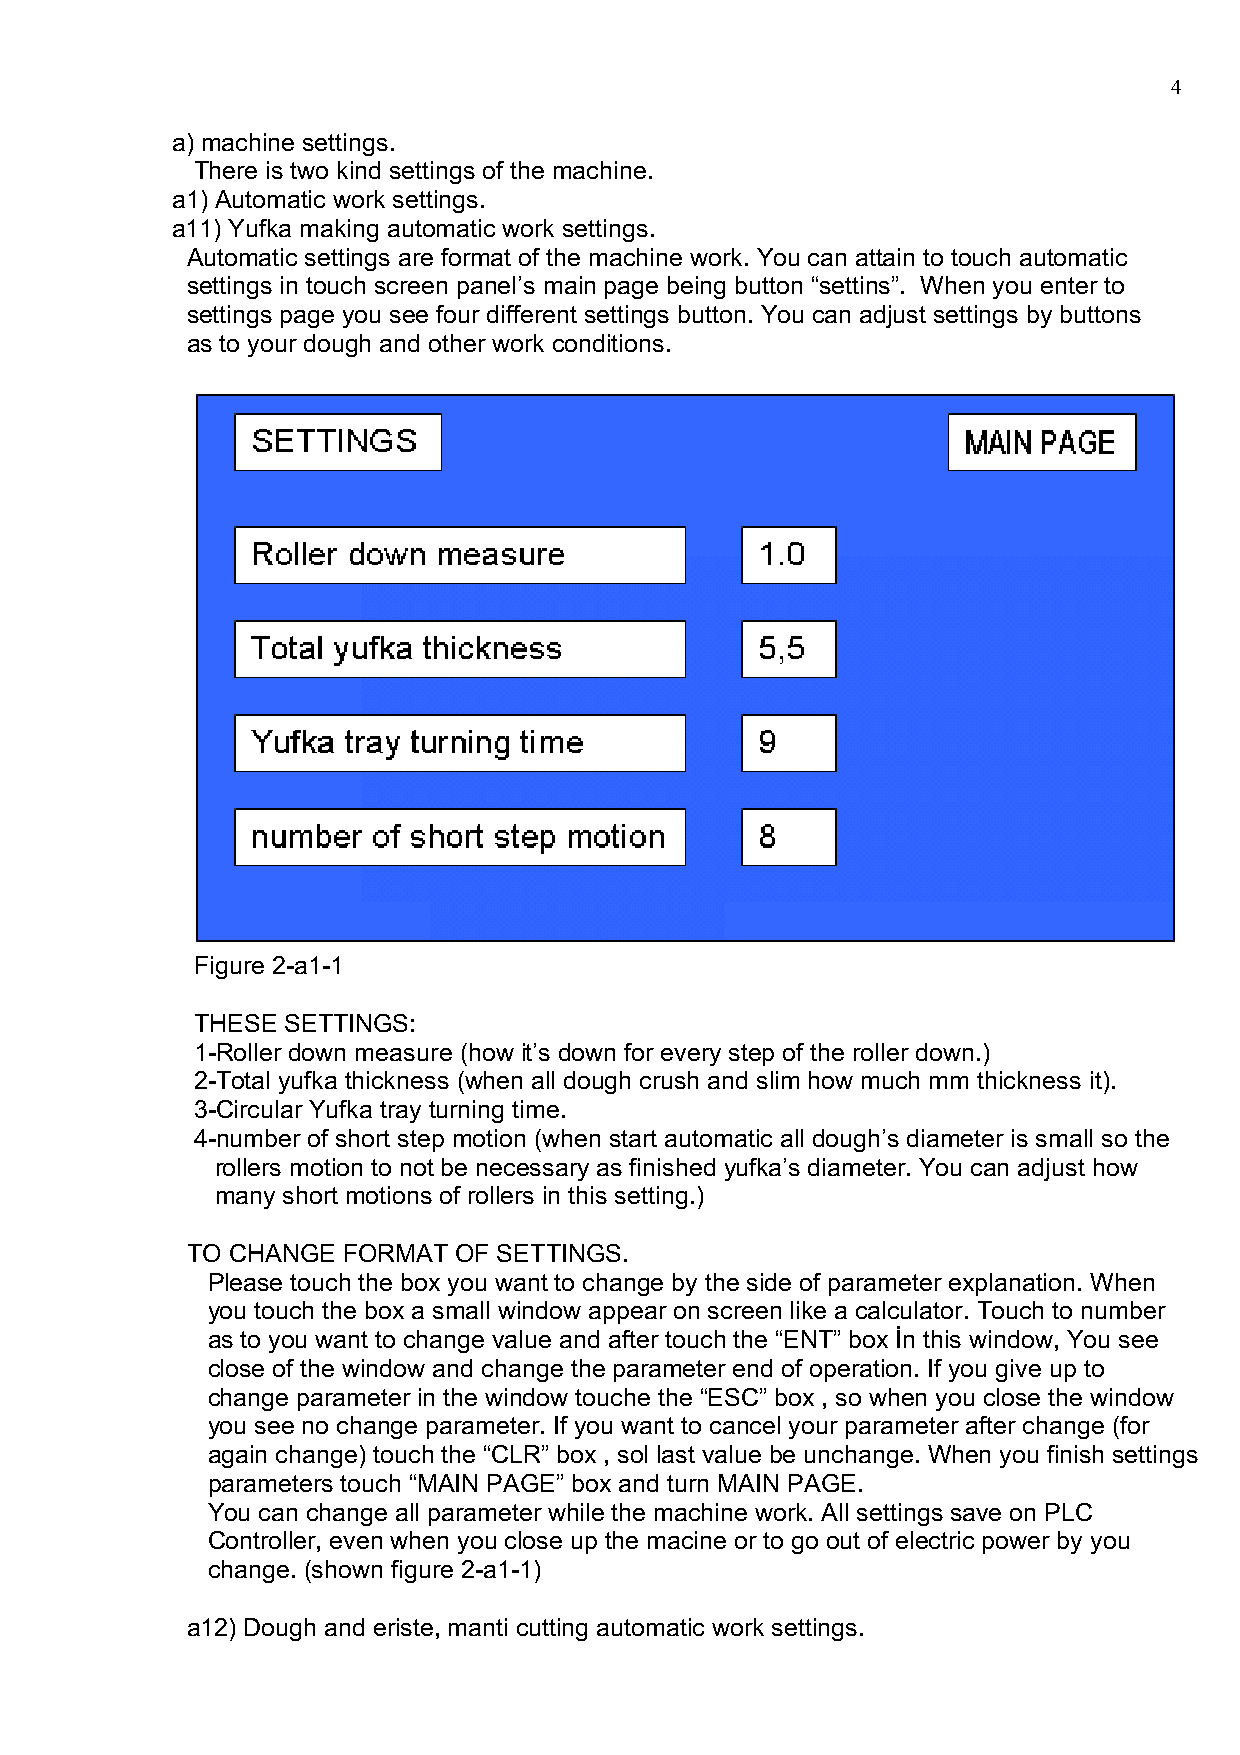
4
 a) machine settings.
 There is two kind settings of the machine.
 a1) Automatic work settings.
 a11) Yufka making automatic work settings.
 Automatic settings are format of the machine work. You can attain to touch automatic
 settings in touch screen panel’s main page being button “settins”. When you enter to
 settings page you see four different settings button. You can adjust settings by buttons
 as to your dough and other work conditions.
 Figure 2-a1-1
 THESE SETTINGS:
 1-Roller down measure (how it’s down for every step of the roller down.)
 2-Total yufka thickness (when all dough crush and slim how much mm thickness it).
 3-Circular Yufka tray turning time.
 4-number of short step motion (when start automatic all dough’s diameter is small so the
 rollers motion to not be necessary as finished yufka’s diameter. You can adjust how
 many short motions of rollers in this setting.)
 TO CHANGE  FORMAT OF SETTINGS.
 Please touch the box you want to change by the side of parameter explanation. When
 you touch the box a small window appear on screen like a calculator. Touch to number
 as to you want to change value and after touch the “ENT” box İn this window, You see
 close of the window and change the parameter end of operation. If you give up to
 change parameter in the window touche the “ESC” box , so when you close the window
 you see no change parameter. If you want to cancel your parameter after change (for
 again change) touch the “CLR” box , sol last value be unchange. When you finish settings
 parameters touch “MAIN PAGE” box and turn MAIN PAGE.
 You can change all parameter while the machine work. All settings save on PLC
 Controller, even when you close up the macine or to go out of electric power by you
 change. (shown figure 2-a1-1)
 a12) Dough and eriste, manti cutting automatic work settings.